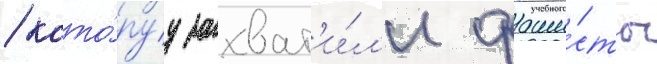
/ кото́руу захват'и́л'и фаши́сты